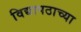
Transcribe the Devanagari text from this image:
विद्यापठाच्या